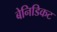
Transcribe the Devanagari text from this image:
बेनिडिकट